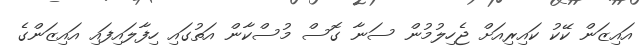
އައިޒަން ކޭކު ކައިރިއަށް ޖެހިލުމުން ސަނާ ގޮސް މުސްކާން އަތުގައި ހިފާލައިފައި އައިޒަންގެ